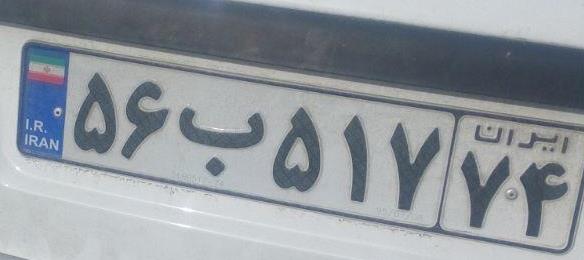
۵۶ب۵۱۷۷۴